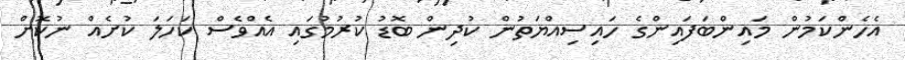
އެހެންކަމުން މައިންބަފައިންގެ ހައިސިއްޔަތުން ކުދިން ބޮޑު ކުރުމުގައި އެއްވެސް ކަހަލަ ކުށެއް ނުކޮށް